Civil Veterinary Dept. Bombay admin report 1900-1906 - 1900-1906
Year: 1900
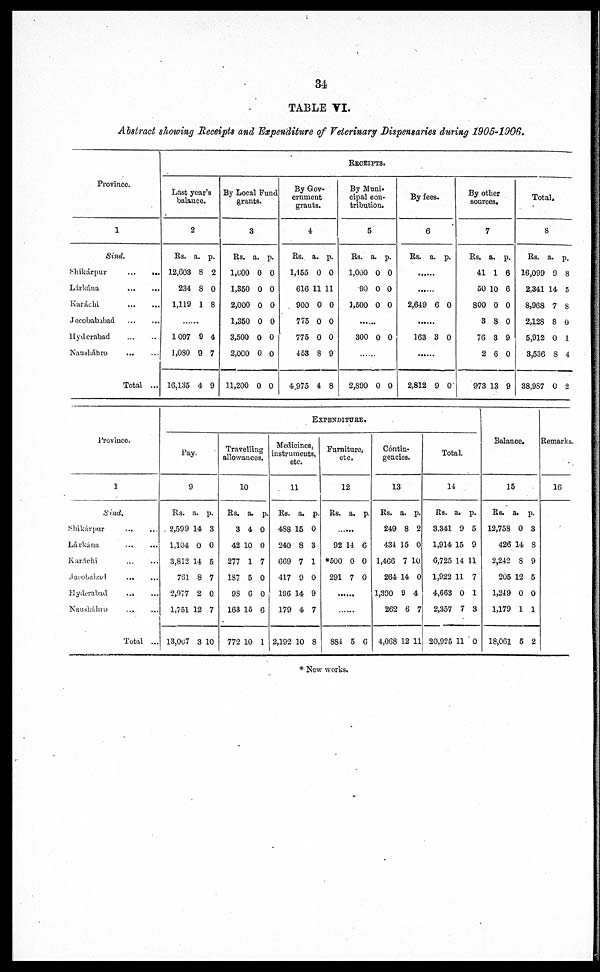
34
TABLE VI.
Abstract showing Receipts and Expenditure of Veterinary Dispensaries during 1905-1906.
Province.
1
Sind.
Shikárpur ... ...
Lárkána ... ...
Karachi
...
...
Jocobababad ... ...
Hyderabad ... ...
Nausháhro ... ...
Total ...
RECEIPTS
Last year's
balance.
2
Rs.
12,603
234
1,119
......
1097
1,030
16,135
a.
8
8
1
9
9
4
p.
2
0
8
4
7
9
By Local
grants.
3
Rs.
1,000
1,350
2,000
1,350
3,500
2,000
11,200
a.
0
0
0
0
0
0
0
p.
0
0
0
0
0
0
0
By Gov
ernment
grants.
4
Rs.
1,455
616
900
775
775
453
4,975
a.
0
11
0
0
0
3
4
p.
0
11
0
0
0
9
8
By Muni-
cipal con-
tribution.
5
Rs.
1,000
90
1,500
......
300
......
2,890
a.
0
0
0
0
0
p.
0
0
0
0
0
By fees.
6
Rs.
......
......
2,649
......
163
......
2,812
a.
6
3
9
p.
0
0
0
By other
sources.
7
Rs.
41
50
800
3
76
2
973
a.
1
10
0
8
3
6
13
p.
6
6
0
0
9
0
9
Total.
8
Rs.
16,099
2,341
8,968
2,12S
5,912
3,536
38,987
a.
9
14
7
8
0
8
0
p.
8
5
8
0
1
4
2
Province.
1
Sind.
Shikárpur ... ...
Lárkána ... ...
Karáchi ... ...
Jacobabad ... ...
Hyderabad ... ...
Nausháhro ... ...
Total ...
EXPENDITURE.
Pay.
9
Rs.
2,599
1,104
3,812
761
2,977
1,751
13,007
a.
14
0
14
8
2
12
3
p.
3
0
5
7
0
7
10
Travelling
allowances.
10
Rs.
3
42
277
187
95
163
772
a.
4
10
1
5
6
15
10
p.
0
0
7
0
0
6
1
Medicince
instruments,
etc.
11
Rs.
488
240
669
417
196
179
2,192
a.
15
8
7
9
14
4
10
p.
0
3
1
0
9
7
8
Furniture
etc.
12
Rs.
......
92
*500
291
......
......
884
a.
14
0
7
5
p.
6
0
0
6
Contin-
gencies.
13
Rs.
249
434
1,466
264
1,390
262
4,068
a.
8
15
7
14
9
6
12
p.
2
0
10
0
4
7
11
Total.
14
Rs.
3.341
1,914
6,725
1,922
4,663
2,357
20,925
a.
9
15
14
11
0
7
11
p.
5
9
11
7
1
3
0
Balance.
15
Rs.
12,758
426
2,242
205
l,249
1,179
18,061
a.
0
14 8
8
12
0
1
5
p.
3
9
5
0
1
2
Remarks.
16
* New works.